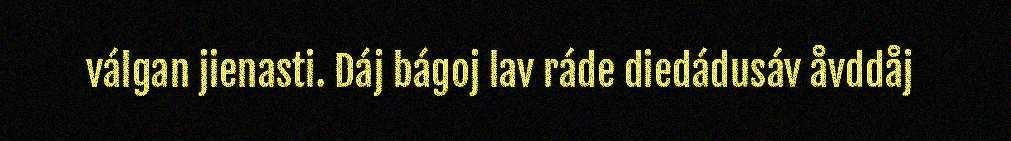
válgan jienasti. Dáj bágoj lav ráde diedádusáv åvddåj